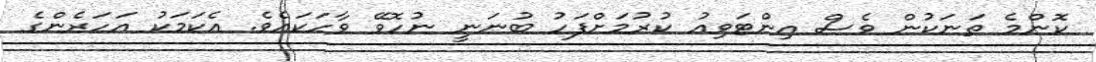
ކޮންމެ ތަނަކުން ވެސް އިންޓަވިއު ކުރުމަށްފަހު ބުނަނީ ނުހޮވޭ ވާހަކައެވެ. އެކަމަކު އަހަރެންގެ